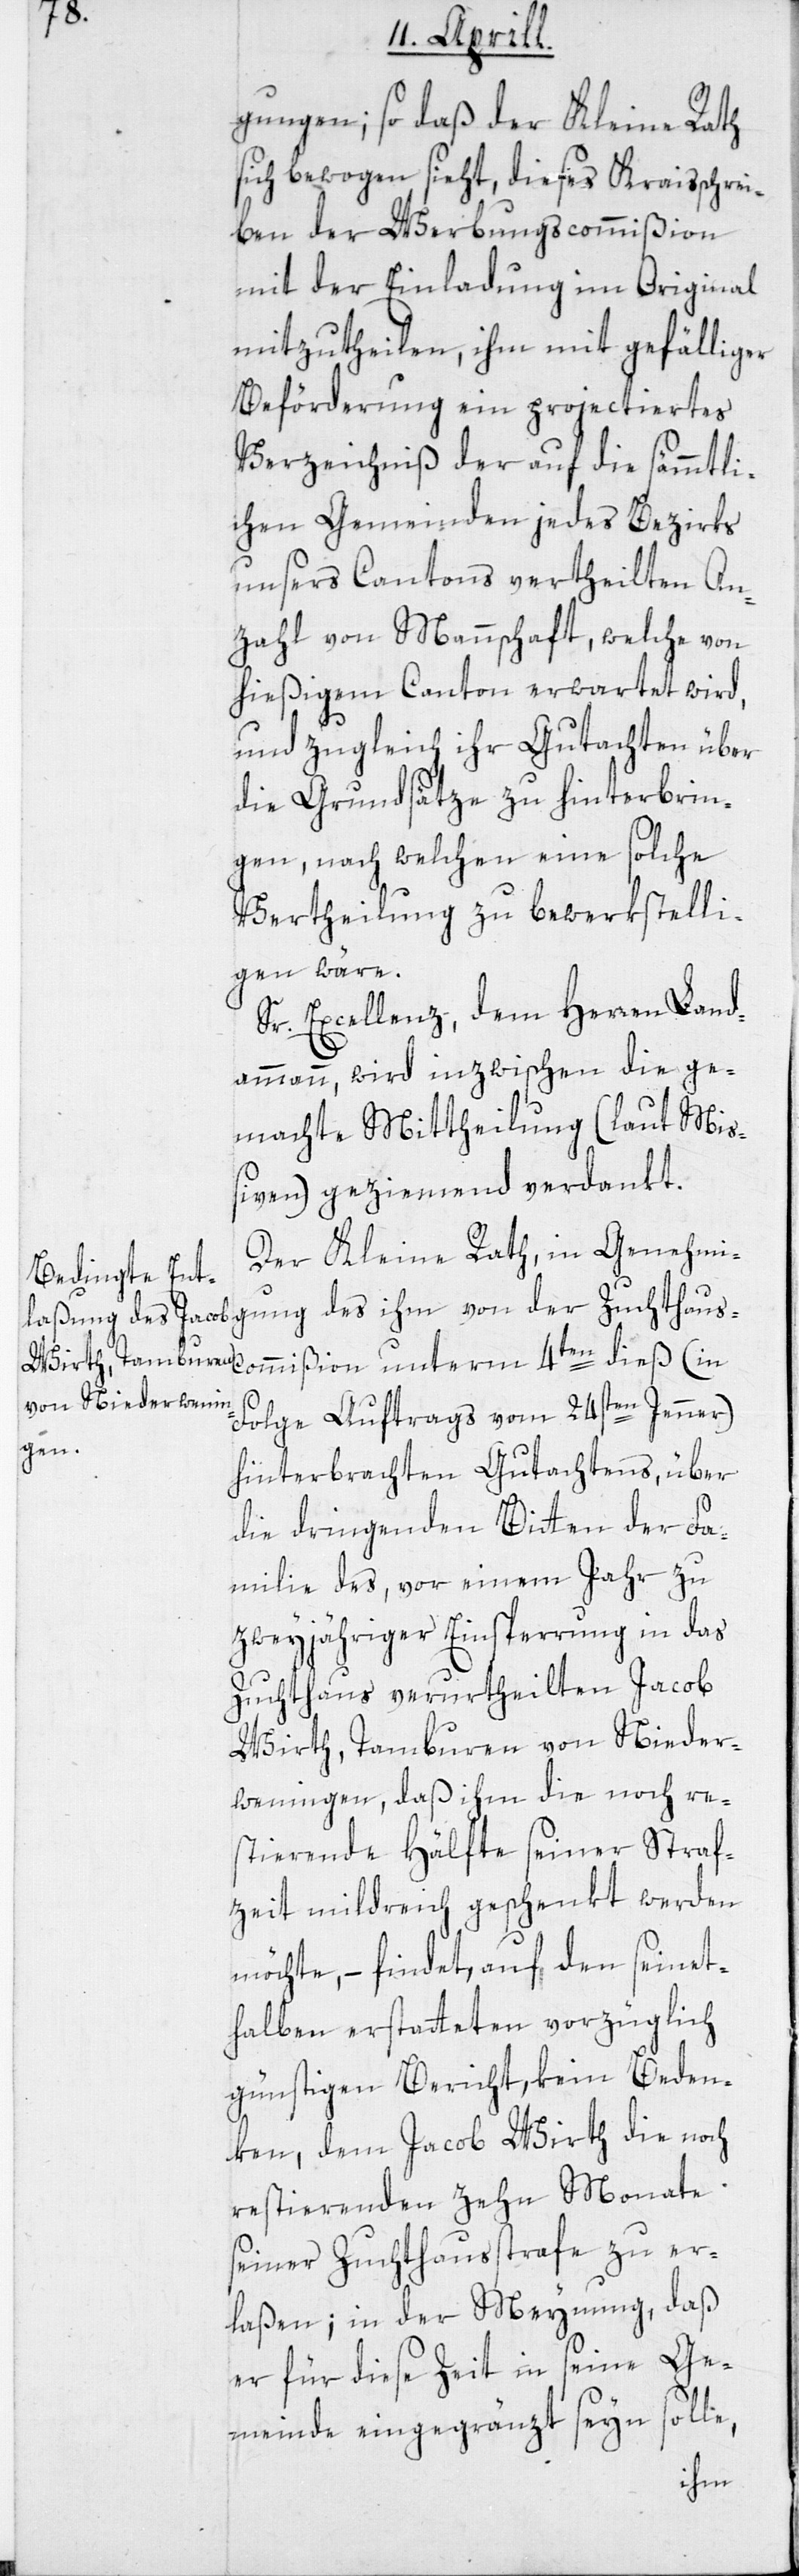
gungen; so daß der Kleine Rath
sich bewogen sieht, dieses Kreisschrei¬
ben der Werbungscommißion
mit der Einladung im Original
mitzutheilen, ihm mit gefälliger
Beförderung ein projectiertes
Verzeichniß der auf die sämmtli¬
chen Gemeinden jedes Bezirks
unsers Cantons vertheilten An¬
zahl von Mannschaft, welche von
hießigem Canton erwartet wird,
und zugleich ihr Gutachten über
die Grundsätze zu hinterbrin¬
gen, nach welchen eine solche
Vertheilung zu bewerkstelli¬
gen wäre.
Sr. Excellenz, dem Herren Land¬
ammann, wird inzwischen die ge¬
machte Mittheilung (laut Mis¬
siven) geziemend verdankt.
Der Kleine Rath, in Genehmi¬
Folge Auftrags vom 24sten Jenner)
gung
hinterbrachten Gutachtens, über
die dringenden Bitten der Fa¬
milie des, vor einem Jahr zu
zweyjähriger Einsperrung in das
Zuchthaus verurtheilten Jacob
Wirth, Tamburen von Nieder¬
weningen, daß ihm die noch re¬
stierende Hälfte seiner Straf¬
zeit mildreich geschenkt werden
möchte, – findet, auf den seinet¬
halben erstatteten vorzüglich
günstigen Bericht, kein Beden¬
ken, dem Jacob Wirth die noch
restierenden zehn Monate
seiner Zuchthausstrafe zu er¬
laßen; in der Meynung, daß
er für diese Zeit in seine Ge¬
meinde eingegränzt seyn solle,
ihm